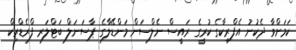
ކަމަށްވާ ދެކުނު އެފްރިކާގެ ކުރީގެ ރައީސް ނެލްސަން މަންޑޭލާގެ ޕާސަނަލް ބަޓްލަރ ފްރެޑްރިކް